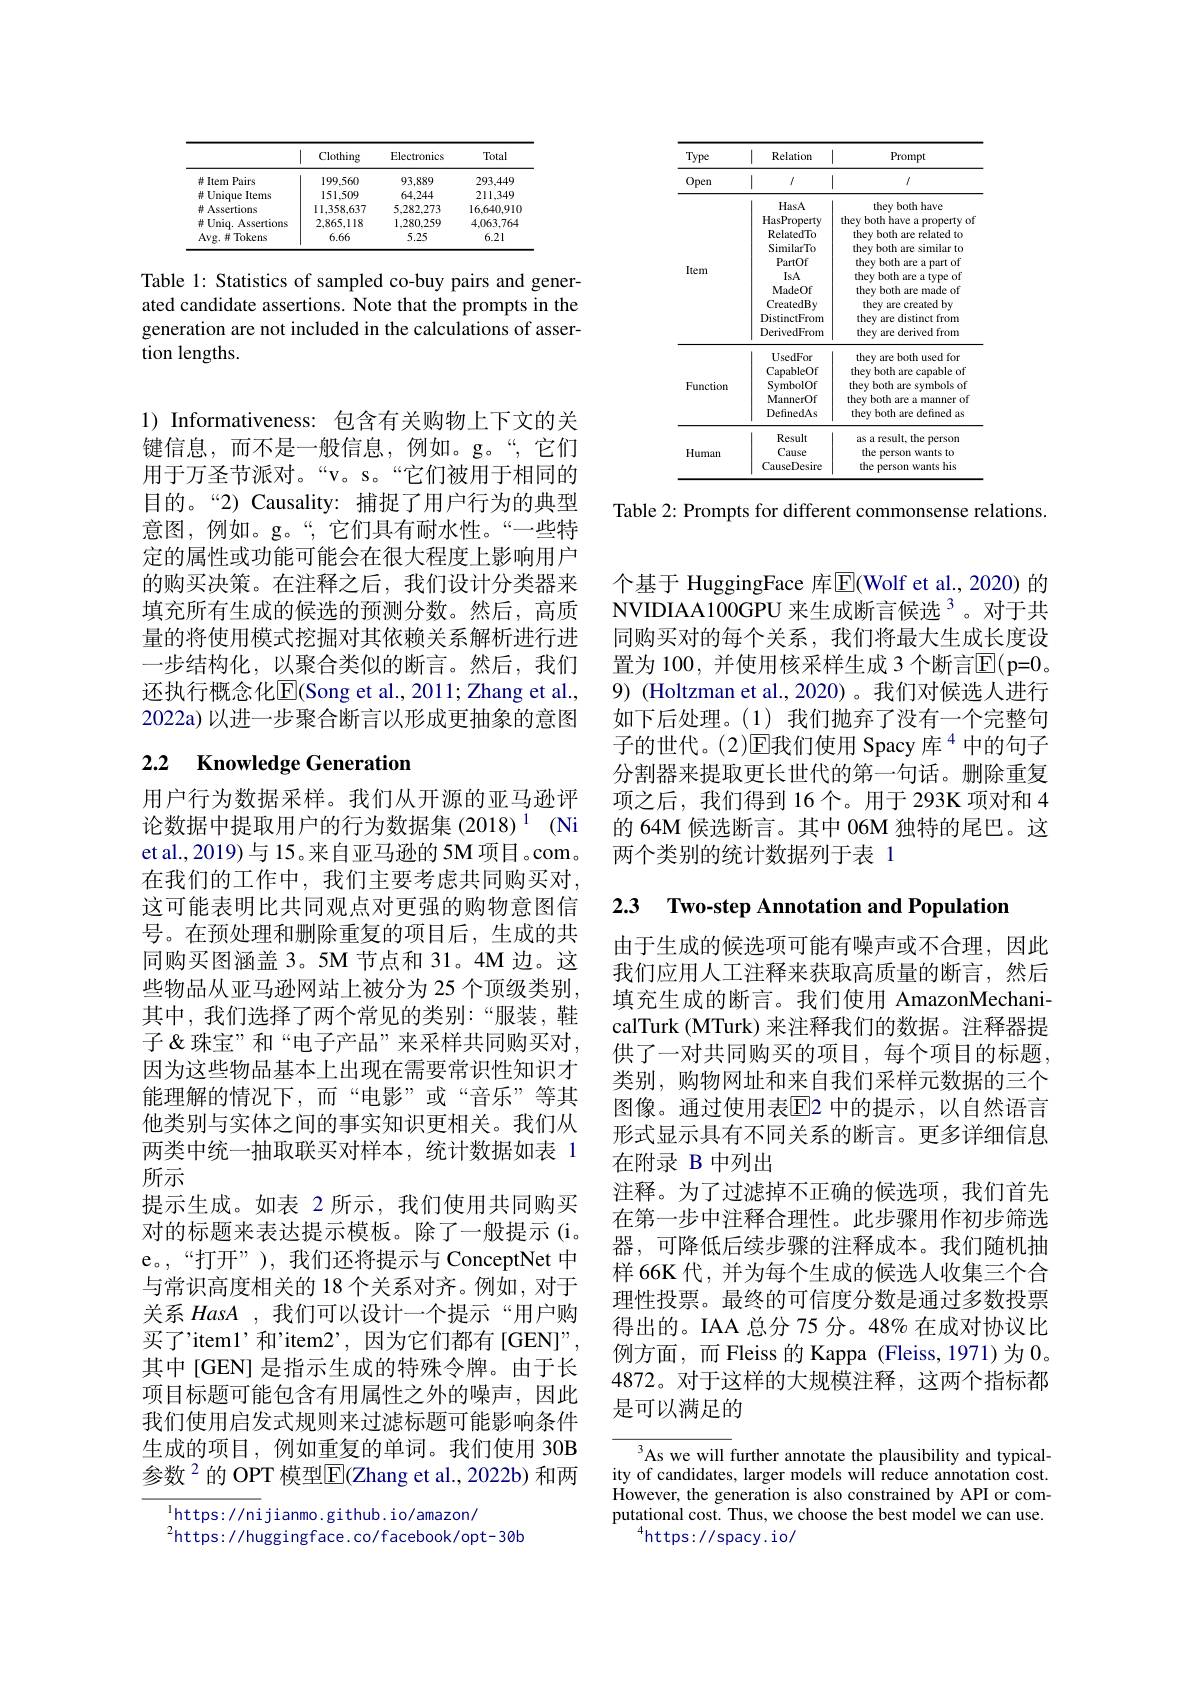
<table>
	<tbody>
		<tr>
			<th>Type</th>
			<th>1 Relation</th>
			<th>Prompt</th>
		</tr>
		<tr>
			<td>Open</td>
			<td>1 $I$</td>
			<td> </td>
		</tr>
		<tr>
			<td>Item</td>
			<td>HasA HasProperty RelatedTo SimilarTo PartOf IsA MadeOf CreatedBy DistinctFrom DerivedFrom</td>
			<td>they both have they both have a property of they both are related to they both are similar to they both are a part of they both are a type of they both are made of they are created by they are distinct from they are derived from</td>
		</tr>
		<tr>
			<td>Function</td>
			<td>UsedFor CapableOf SymbolOf MannerOf DefinedAs</td>
			<td>they are both used for they both are capable of they both are symbols of they both are a manner of they both are defined as</td>
		</tr>
		<tr>
			<td>Human</td>
			<td>Result Cause CauseDesire</td>
			<td>as a result, the person the person wants to the person wants his</td>
		</tr>
	</tbody>
</table>

Table 2: Prompts for different commonsense relations.

<table>
	<tbody>
		<tr>
			<th> </th>
			<th>Clothing</th>
			<th>Electronics</th>
			<th>Total</th>
		</tr>
		<tr>
			<td># Item Pairs</td>
			<td>199,560</td>
			<td>93,889</td>
			<td>293,449</td>
		</tr>
		<tr>
			<td># Unique Items</td>
			<td>151.509</td>
			<td>64.244</td>
			<td>211,349</td>
		</tr>
		<tr>
			<td>$\#$ Assertions</td>
			<td>11,358,637</td>
			<td>5,282,273</td>
			<td>16.640.910</td>
		</tr>
		<tr>
			<td>$\#$ Uniq. Assertions</td>
			<td>2.865,118</td>
			<td>1,280,259</td>
			<td>4.063.764</td>
		</tr>
		<tr>
			<td>Avg. # Tokens</td>
			<td>6.66</td>
			<td>5.25</td>
			<td>6.21</td>
		</tr>
	</tbody>
</table>

Table 1: Statistics of sampled co-buy pairs and generated candidate assertions. Note that the prompts in the generation are not included in the calculations of assertion lengths.

1) Informativeness: 包含有关购物上下文的关键信息，而不是一般信息，例如。g。“,它们用于万圣节派对。“v。s。“它们被用于相同的目的。“2) Causality: 捕捉了用户行为的典型意图，例如。g。“,它们具有耐水性。“一些特定的属性或功能可能会在很大程度上影响用户的购买决策。在注释之后，我们设计分类器来填充所有生成的候选的预测分数。然后，高质量的将使用模式挖掘对其依赖关系解析进行进一步结构化，以聚合类似的断言。然后，我们还执行概念化$\overline{\mathrm{E}}$(Song et al., 2011; Zhang et al., 2022a) 以进一步聚合断言以形成更抽象的意图

# 2.2 Knowledge Generation

用户行为数据采样。我们从开源的亚马逊评论数据中提取用户的行为数据集 (2018)$^{1}$(Ni et al., 2019) 与 15。来自亚马逊的 5M 项目。com。在我们的工作中，我们主要考虑共同购买对这可能表明比共同观点对更强的购物意图信号。在预处理和删除重复的项目后，生成的共同购买图涵盖3。5M节点和 31。4M 边。这些物品从亚马逊网站上被分为 25 个顶级类别， 其中，我们选择了两个常见的类别：“服装，鞋子&珠宝”和“电子产品”来采样共同购买对， 因为这些物品基本上出现在需要常识性知识才能理解的情况下，而“电影”或“音乐”等其他类别与实体之间的事实知识更相关。我们从两类中统一抽取联买对样本，统计数据如表 1所示
提示生成。如表 2 所示，我们使用共同购买对的标题来表达提示模板。除了一般提示(i。e。,“打开”),我们还将提示与 ConceptNet 中与常识高度相关的 18 个关系对齐。例如，对于关系 HasA , 我们可以设计一个提示“用户购买了'item1'和'item2’,因为它们都有[GEN]”, 其中[GEN] 是指示生成的特殊令牌。由于长项目标题可能包含有用属性之外的噪声，因此我们使用启发式规则来过滤标题可能影响条件生成的项目，例如重复的单词。我们使用 30B 参数$^{2}$的 OPT 模型$\mathbb{E}$(Zhang et al., 2022b) 和两

$^{\mathrm{l}}$https://nijianmo.github.io/amazon/
$^{2}$https://huggingface.co/facebook/opt-30b

个基于 HuggingFace 库$\overline{\mathrm{E}}($Wolf et al.,2020)的NVIDIAA100GPU 来生成断言候选$^{3}$。对于共同购买对的每个关系，我们将最大生成长度设置为 100, 并使用核采样生成 3 个断言$\overline{\mathrm{E}}($p=0。9) (Holtzman et al.,2020)。我们对候选人进行如下后处理。(1)我们抛弃了没有一个完整句子的世代。(2)E$\text{我 们 使 用 Spacy 库 }^4$中的句子分割器来提取更长世代的第一句话。删除重复项之后，我们得到 16个。用于 293K 项对和 4的 64M 候选断言。其中 06M 独特的尾巴。这两个类别的统计数据列于表 1

2.3 Two-step Annotation and Population

由于生成的候选项可能有噪声或不合理，因此我们应用人工注释来获取高质量的断言，然后填充生成的断言。我们使用 AmazonMechanicalTurk (MTurk) 来注释我们的数据。注释器提供了一对共同购买的项目，每个项目的标题类别，购物网址和来自我们采样元数据的三个图像。通过使用表$\overline{\mathrm{E}}$2 中的提示，以自然语言形式显示具有不同关系的断言。更多详细信息在附录 B 中列出
注释。为了过滤掉不正确的候选项，我们首先在第一步中注释合理性。此步骤用作初步筛选器，可降低后续步骤的注释成本。我们随机抽样 66K 代，并为每个生成的候选人收集三个合理性投票。最终的可信度分数是通过多数投票得出的。IAA 总分 75 分。48% 在成对协议比例方面，而 Fleiss 的 Kappa (Fleiss,1971)为0。4872。对于这样的大规模注释，这两个指标都是可以满足的

As we will further annotate the plausibility and typicality of candidates, larger models will reduce annotation cost. However, the generation is also constrained by API or computational cost. Thus, we choose the best model we can use.
$^{4}$https://spacy.io/